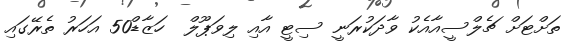
ތަށްޓަށް ޗެލްސީއާއެކު ވާދަކުރަނީ ސިޓީ އާއި ލިވަޕޫލް  ހަޒާޑް50 އަހަރު ތެރޭގައި